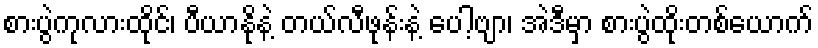
စားပွဲကုလားထိုင်၊ ပီယာနိုနဲ့ တယ်လီဖုန်းနဲ့ ပေါ့ဗျာ၊ အဲဒီမှာ စားပွဲထိုးတစ်ယောက်